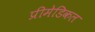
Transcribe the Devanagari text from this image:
प्रीमेडिकल